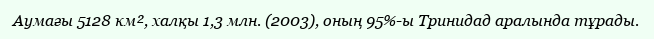
Аумағы 5128 км², халқы 1,3 млн. (2003), оның 95%-ы Тринидад аралында тұрады.